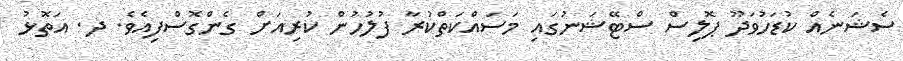
ސެޝަނެއް ކުޑަހުވަދޫ ޕޮލިސް ސްޓޭޝަނުގައި މަސައްކަތްކުރާ ފުލުހުން ކުރިއަށް ގެންގޮސްފިއެވެ. ދ. އަތޮޅު